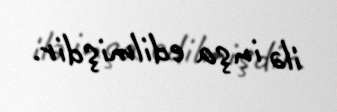
ilə inşa edilmişdir.